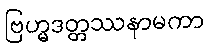
ဗြဟ္မဒတ္တဿနာမကာ